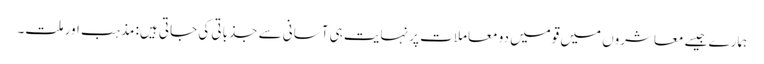
ہمارے جیسے معاشروں میں قومیں دو معاملات پر نہایت ہی آسانی سے جذباتی کی جاتی ہیں: مذہب اور ملت۔